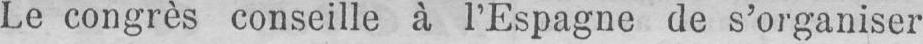
Le congrès conseille à l’Espagne de s’organiser